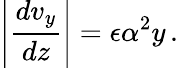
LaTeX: \left|\frac{dv_{y}}{dz}\right|=\epsilon\alpha^{2}y\, .